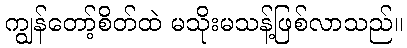
ကျွန်တော့်စိတ်ထဲ မသိုးမသန့်ဖြစ်လာသည်။